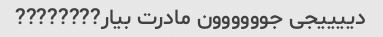
دییییجی‌ جوووووون مادرت بیار????????